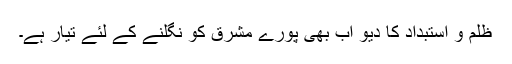
ظلم و استبداد كا دیو اب بھی پورے مشرق كو نگلنے كے لئے تیار ہے۔